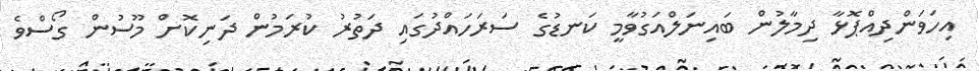
އިހަވަންދިއްޕޮޅާ ދިމާލުން ބައިނަލްއަގުވާމީ ކަނޑުގެ ސަރަހައްދުގައި ދަތުރު ކުރަމުން ދަނިކޮށް މޫސުން ގޯސްވެ